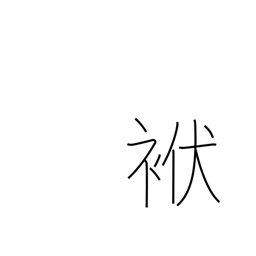
Meaning: cloth wrapper